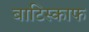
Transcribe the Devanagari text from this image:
बाटिस्काफ